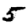
Digit: 5